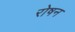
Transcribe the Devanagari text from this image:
रोषन